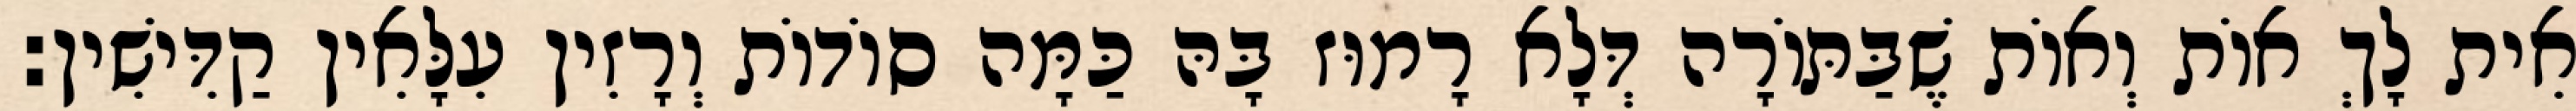
אִית לָךְ אוֹת וְאוֹת שֶׁבַּתּוֹרָה דְּלָא רָמוּז בָּהּ כַּמָּה סוֹדוֹת וְרָזִין עִלָּאִין קַדִּישִׁין: